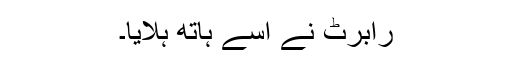
رابرٹ نے اُسے ہاتھ ہلایا۔